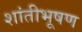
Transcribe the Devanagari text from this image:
शांतीभूषण